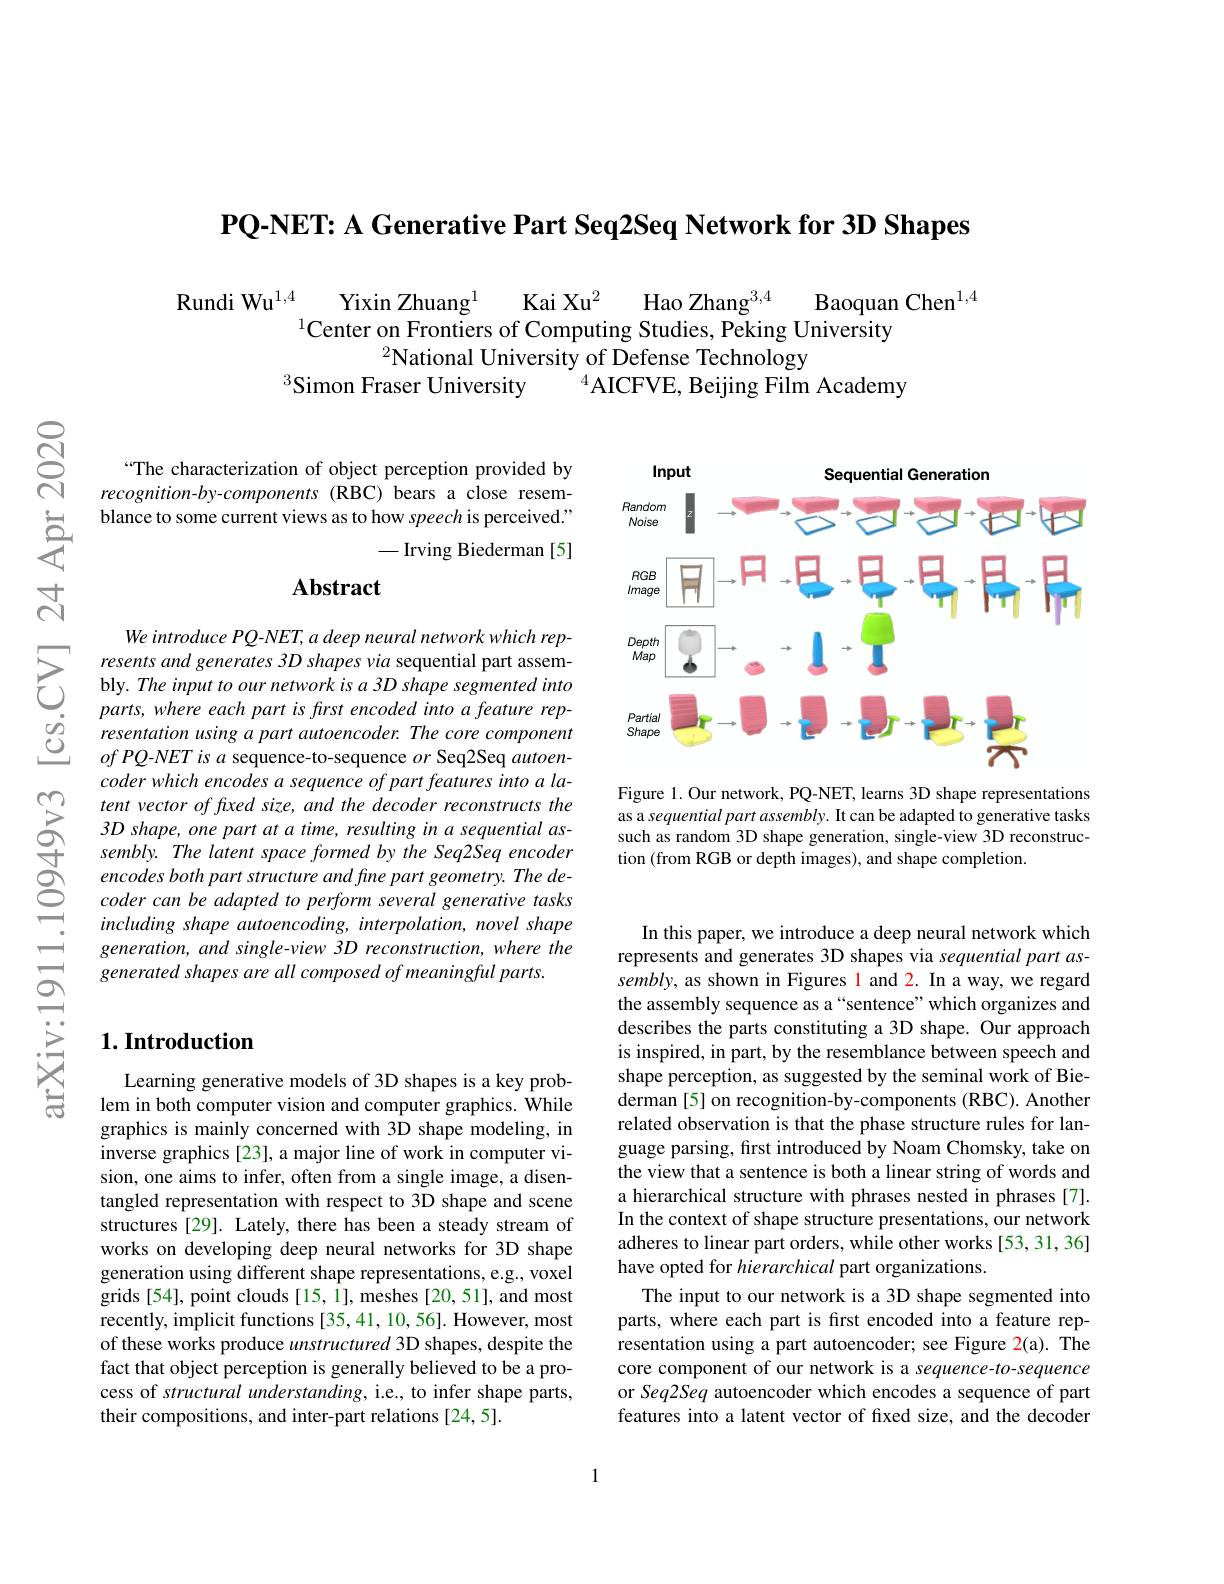
$\textbf{PQ- NET: A Generative Part Seq2Seq Network for 3D Shapes}$

Rundi Wu$^{1,4}$
$\mathrm{Kai~Xu}^{2}$
Hao Zhang$^{3,4}$
Baoquan Chen$^{1,4}$
Yixin Zhuang$^{1}$
$^{1}$Center on Frontiers of Computing Studies, Peking University
$^{2}$National University of Defense Technology
Simon Fraser University
$^4$AICFVE, Beijing Film Academy

“The characterization of object perception provided by recognition-by-components (RBC) bears a close resemblance to some current views as to how speech is perceived."
-Irving Biederman[5]

### $\mathbf{Abstract}$

We introduce PQ-NET, a deep neural network which represents and generates 3D shapes via sequential part assembly. The input to our network is a 3D shape segmented into parts, where each part is first encoded into a feature representation using a part autoencoder. The core component $ofPQ-NETisa$ sequence-to-sequence $or$ Seq2Seq autoencoder which encodes a sequence of part features into a latent vector of fixed size, and the decoder reconstructs the 3D shape, one part at a time, resulting in a sequential assembly. The latent space formed by the Seq2Seq encoder encodes both part structure and fine part geometry. The decoder can be adapted to perform several generative tasks including shape autoencoding, interpolation, novel shape generation, and single-view 3D reconstruction, where the $generatedshapesareallcomposedofmeaningfulparts.$

## $1. \textbf{Introduction}$

Learning generative models of 3D shapes is a key problem in both computer vision and computer graphics. While graphics is mainly concerned with 3D shape modeling, in inverse graphics [23], a major line of work in computer vision, one aims to infer, often from a single image, a disentangled representation with respect to 3D shape and scene structures [29]. Lately, there has been a steady stream of works on developing deep neural networks for 3D shape generation using different shape representations, e.g., voxel grids [54], point clouds [15, 1], meshes [20, 51], and most recently, implicit functions [35,41,10,56]. However, most of these works produce unstructured 3D shapes, despite the fact that object perception is generally believed to be a process of structural understanding, i.e., to infer shape parts, their compositions, and inter-part relations [24,5].

<FigureHere>

Figure 1. Our network, PQ-NET, learns 3D shape representations as a sequential part assembly. It can be adapted to generative tasks such as random 3D shape generation, single-view 3D reconstruction (from RGB or depth images), and shape completion.

In this paper, we introduce a deep neural network which represents and generates 3D shapes via sequential part assembly, as shown in Figures 1 and 2. In a way, we regard the assembly sequence as a“sentence”which organizes and describes the parts constituting a 3D shape. Our approach is inspired, in part, by the resemblance between speech and shape perception, as suggested by the seminal work of Biederman [5] on recognition-by-components (RBC). Another related observation is that the phase structure rules for language parsing, first introduced by Noam Chomsky, take on the view that a sentence is both a linear string of words and a hierarchical structure with phrases nested in phrases [7]. In the context of shape structure presentations, our network adheres to linear part orders, while other works [53, 31, 36] have opted for hierarchical part organizations.
The input to our network is a 3D shape segmented into parts, where each part is frst encoded into a feature representation using a part autoencoder; see Figure 2(a). The core component of our network is a sequence-to-sequence or Seq2Seq autoencoder which encodes a sequence of part features into a latent vector of fxed size, and the decoder

1